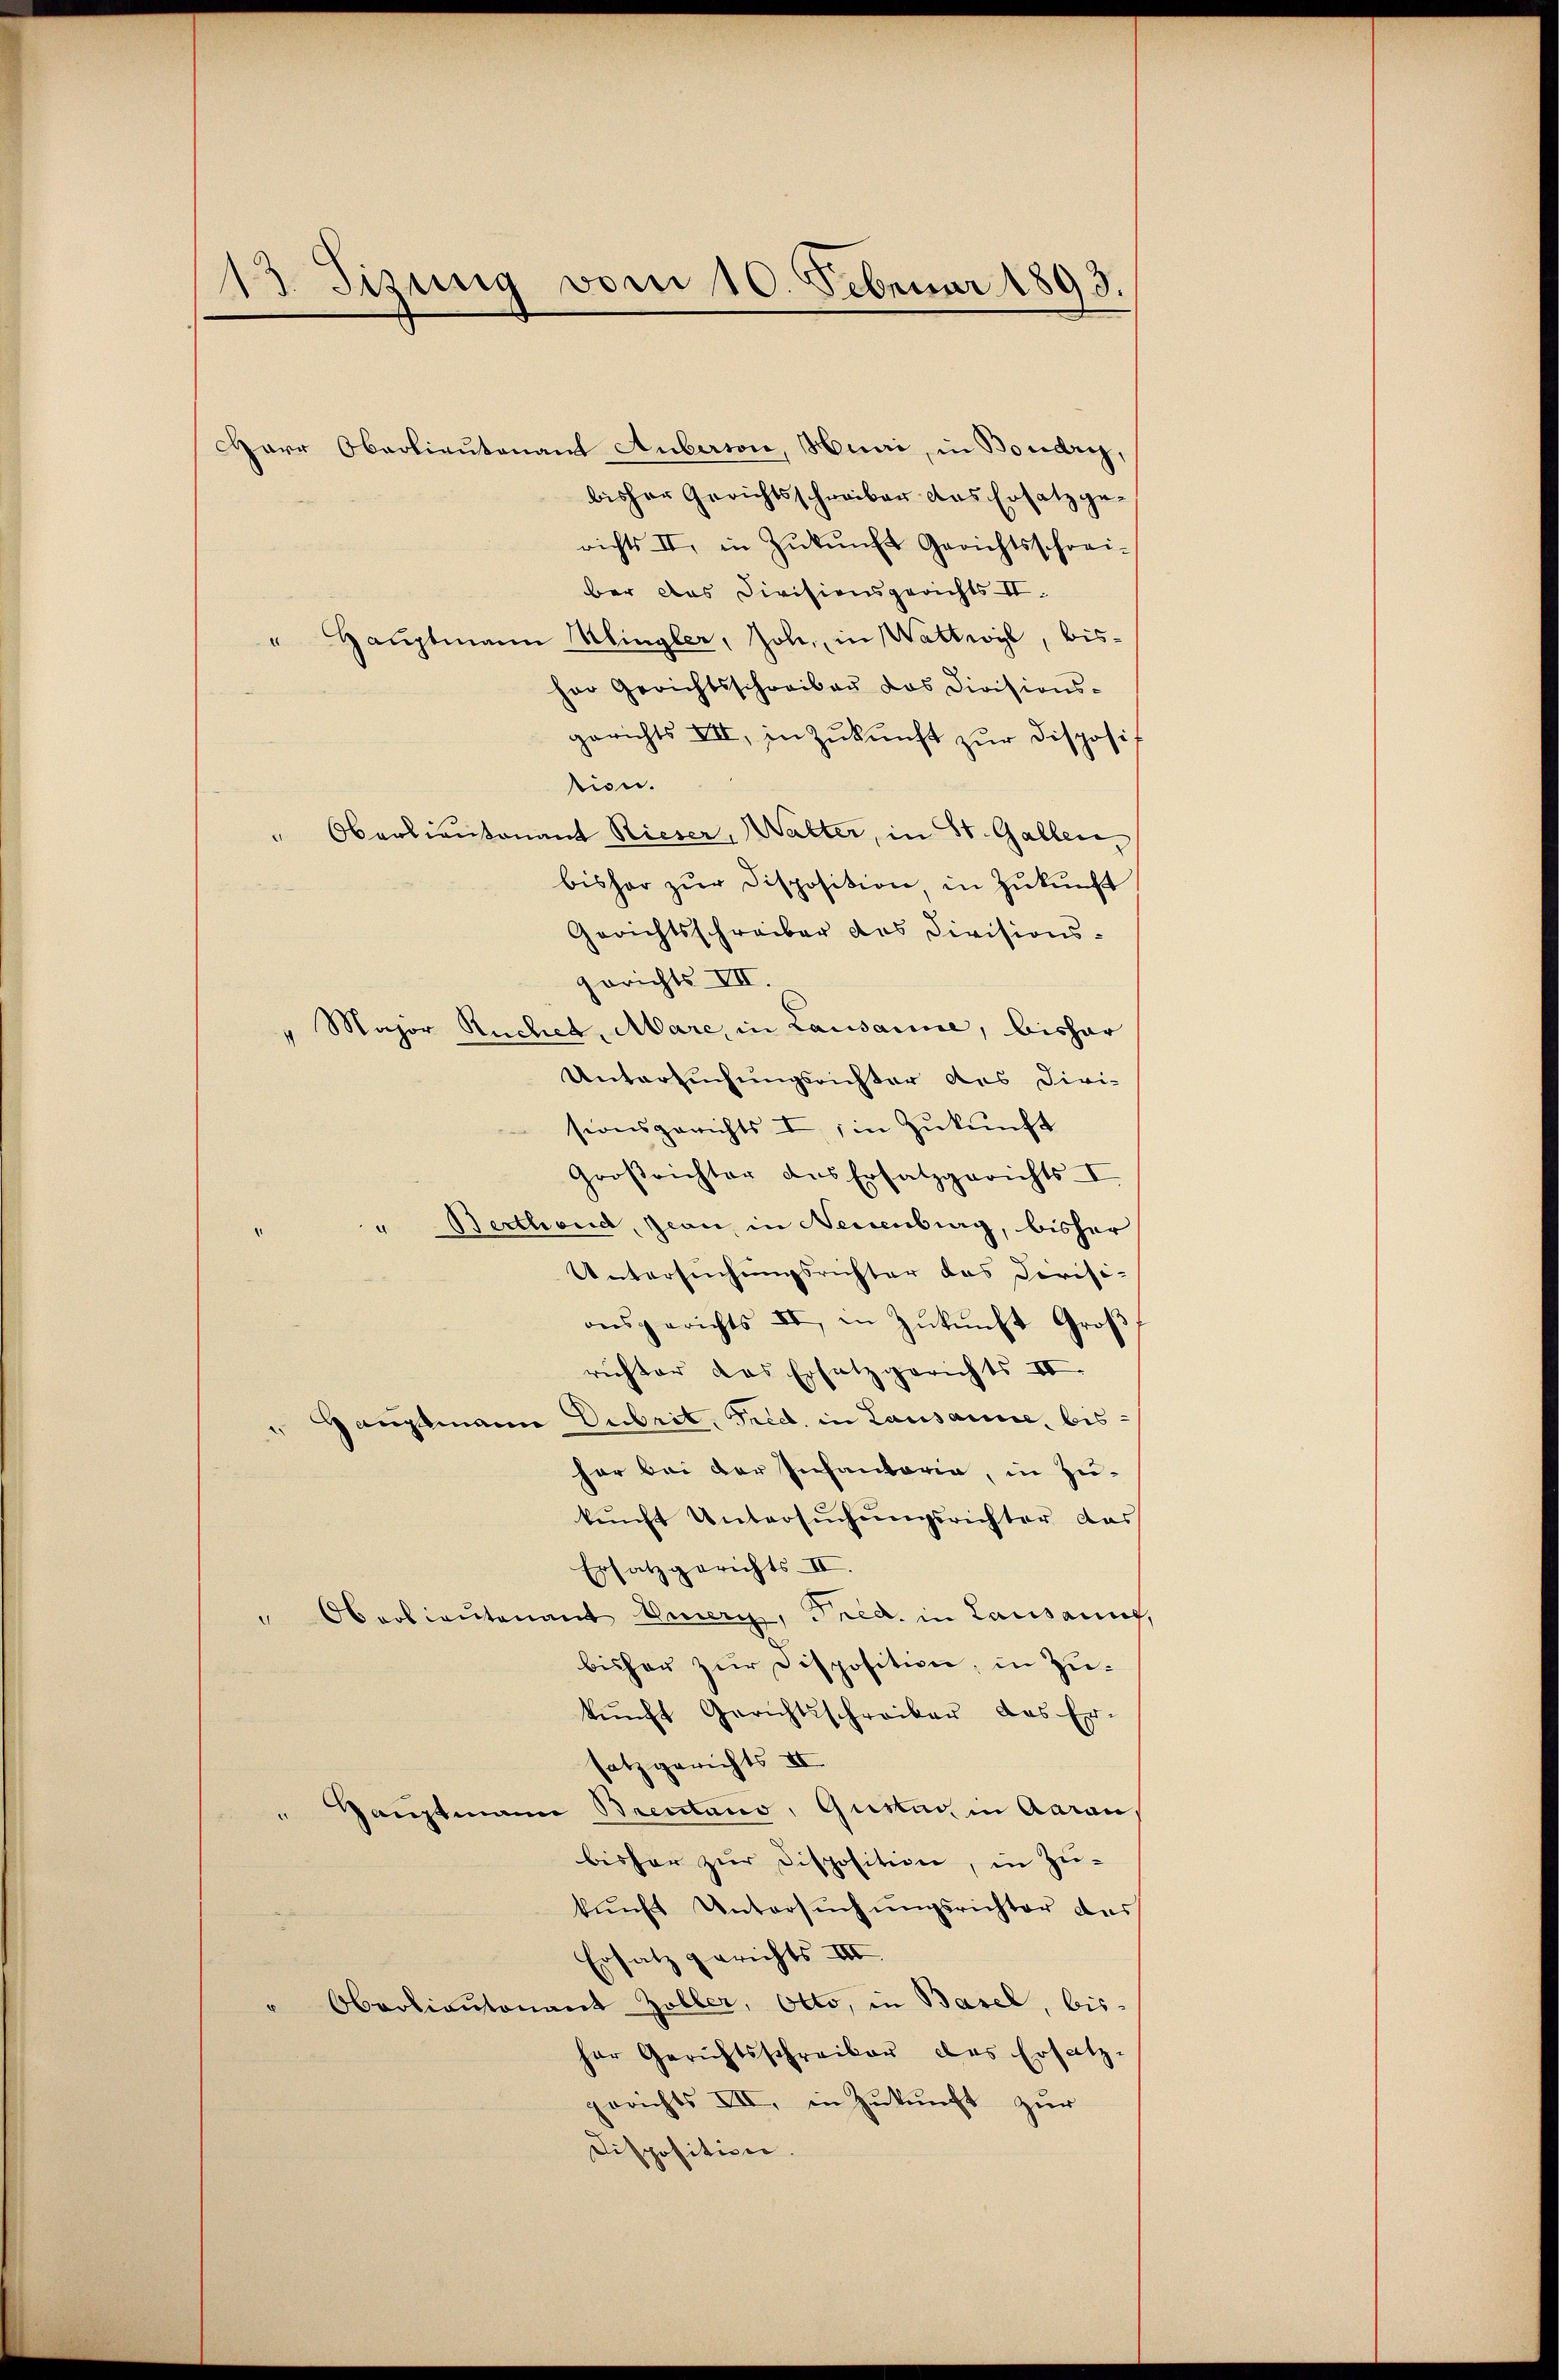
13. Sizung vom 10. Februar 1893.

Harr Oberlieutenant Auberson, Huni, in Boudry,
bisher Gerichtsschreiber das Ersatz gerichts II, in Zukunft Gerichtsschrei-
ber das Divisionsgerichts II.
" Hauptmann Kingler, Joh., in Wattwyl, bisher Gerichtsschreiben das Divisions-
gerichts VII, in Zŭkŭnft zŭr Disposi
tion.
" Oberlieutenant Rieser, Walter, in St. Gallen,
bisher zŭr Disposition, in Zukunft
Gerichtsschreiber des Divisionsgerichts VII.
" Major Ruches, Mare, in Lausanne, bishar
Untersuchungsrichter des Divi-
sionsgerichts I, in Zukunft
Großrichter des Ersatzgerichts-
" Berthend, Jean, in Neuenburg, bisher
Untersuchungsrichter das Civisi-
ausgerichts II, in Zukunft Groß
richter das Ersatzgerichts II.
Gauptmann Dubrit, Fred. in Lausanne, bishar bei der Infantaria, in Zu-
kunft Untersŭchŭngsrichter das
Ersatzgerichts- II.
Oberlieutenant Emeri, Fred, in Lausanng,
2
bisher zur Disposition, in Zukŭnft Gerichtsschreiber das Er-
satz gerichts III
Gauptmann Breitano, Gustag in Aarau,
bisher zur Disposition, in Zükunft Untersuchungsrichter das
Ersatz gerichts III
" Oberlieŭtonant Zöller, Otto, in Basel, bis-
her Gerichtsschreiber des Ersatz-
gerichts VII, in Zukunft zur
Disposition.